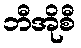
ဘီအိုစီ